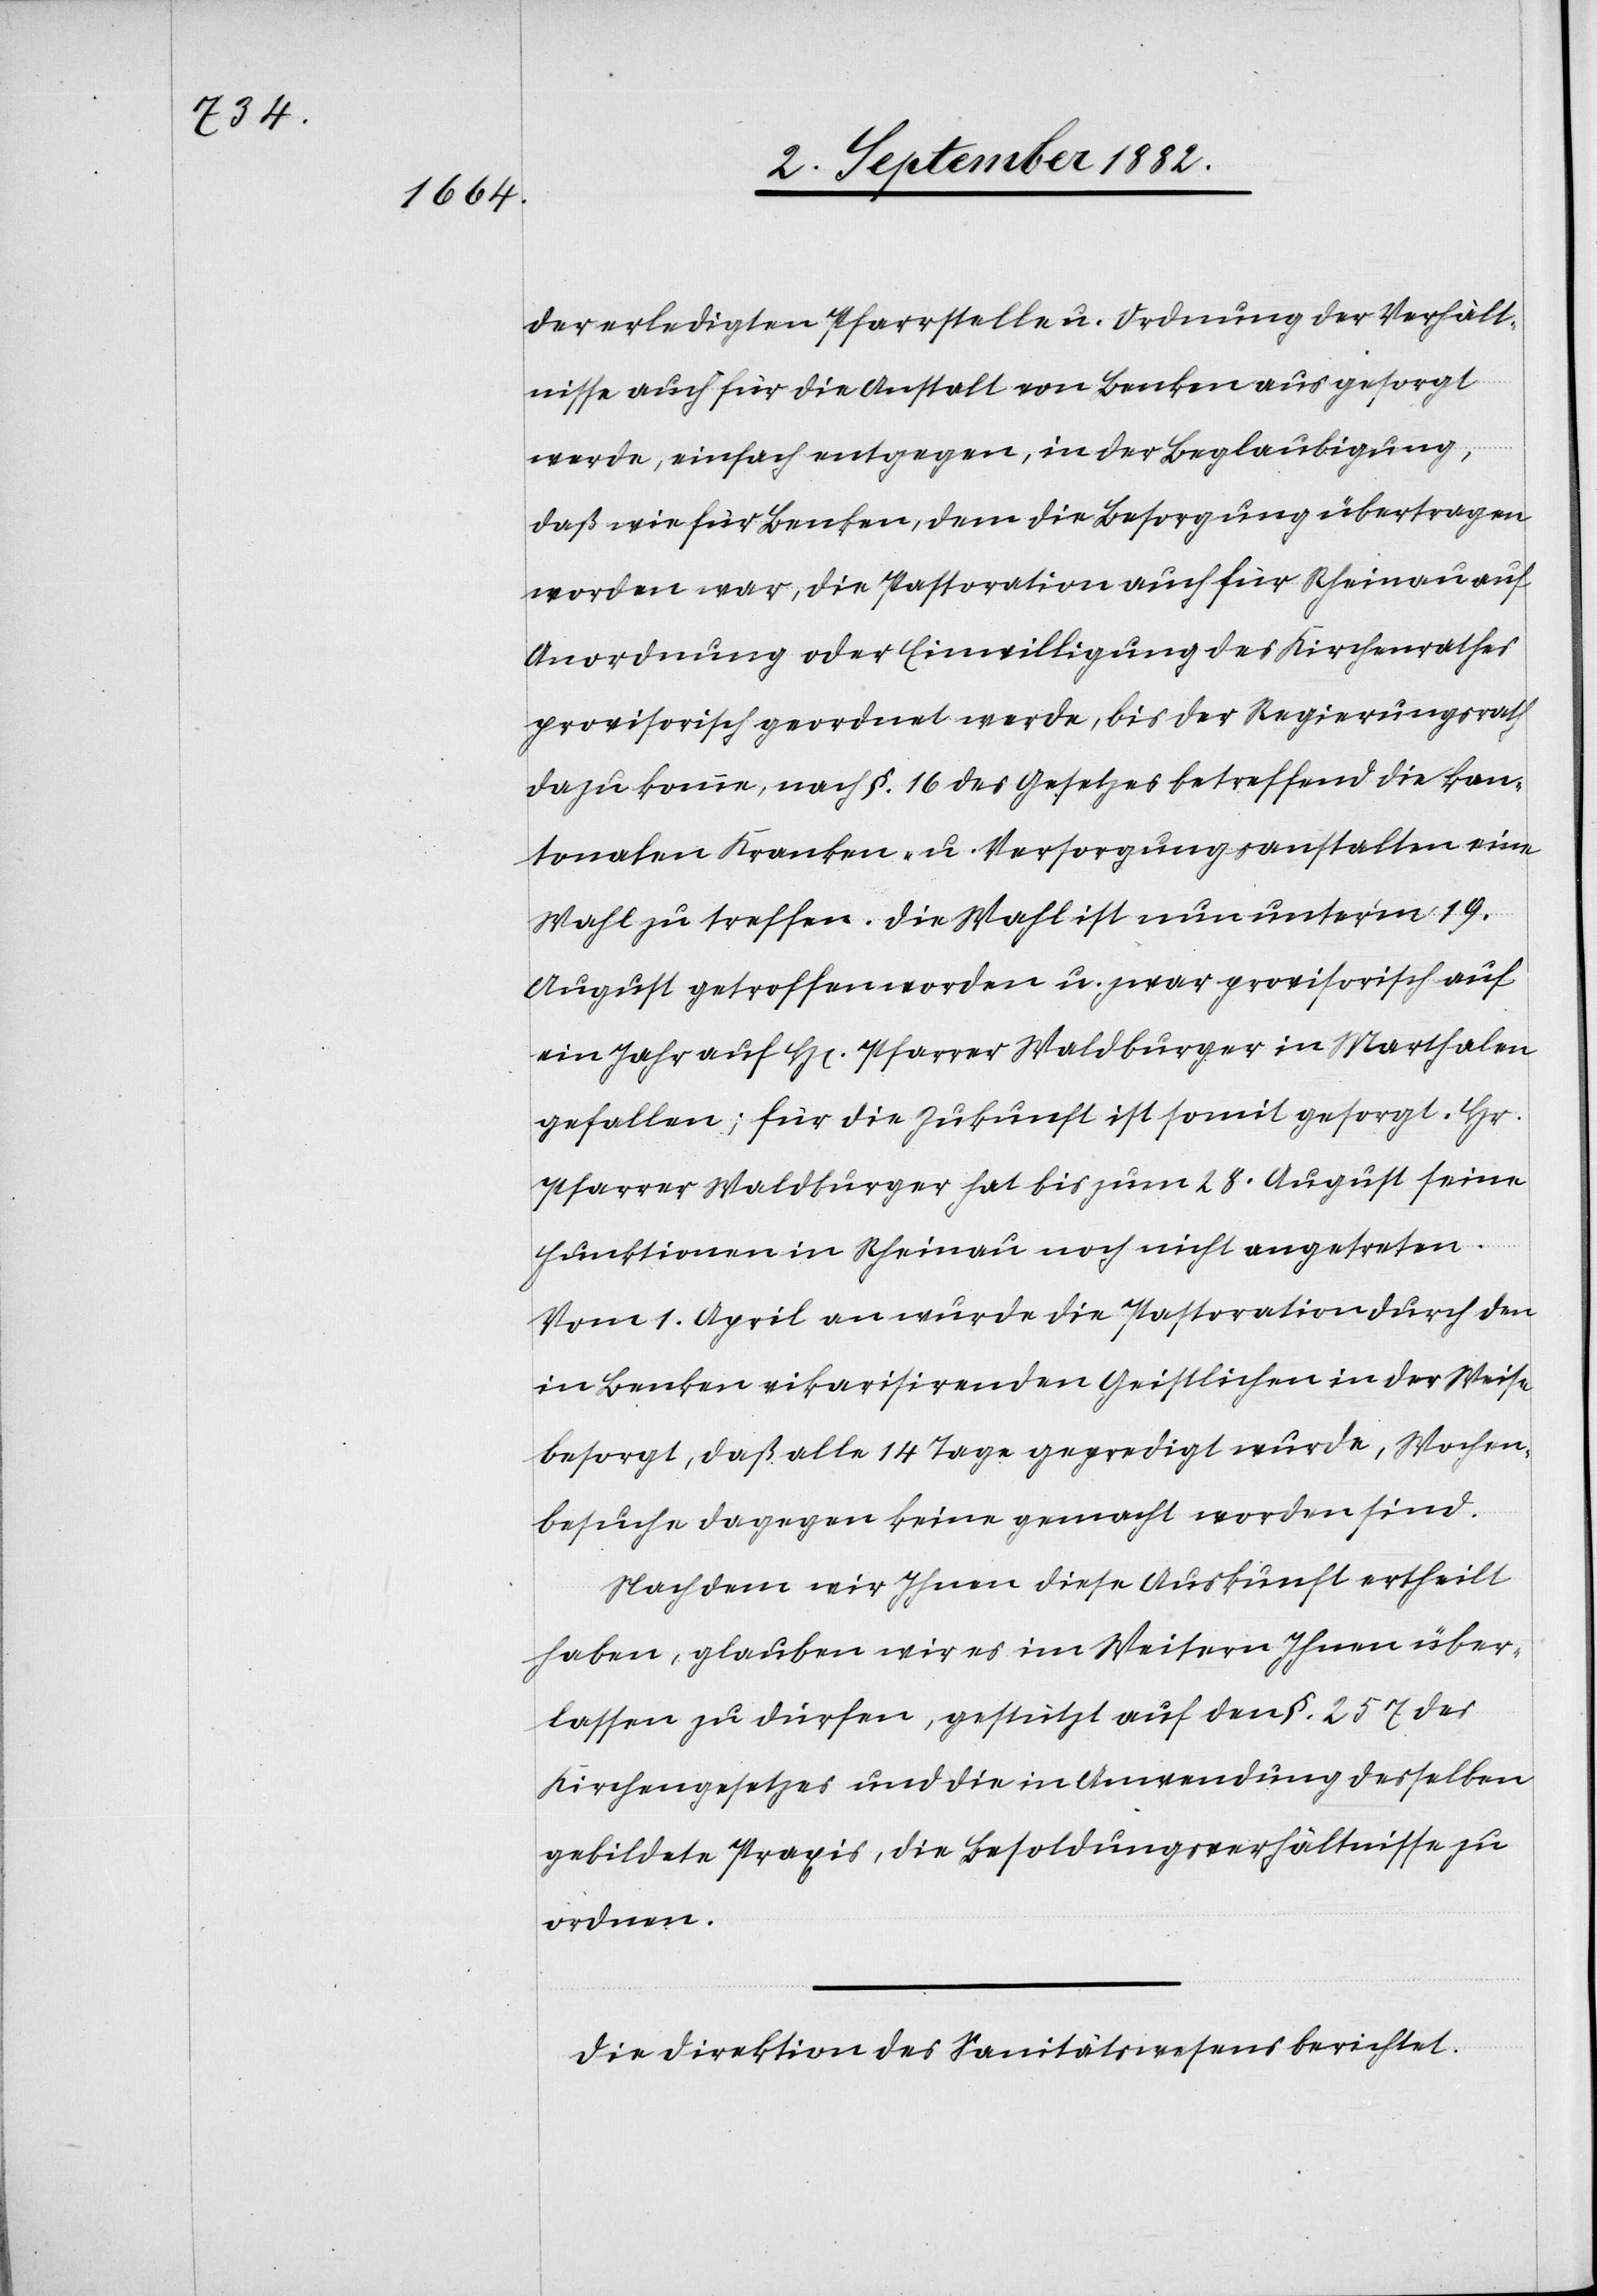
der erledigten Pfarrstelle u. Ordnung der Verhält¬
nisse auch für die Anstalt von Benken aus gesorgt
werde, einfach entgegen, in der Beglaubigung,
daß wie für Benken, dem die Besorgung übertragen
worden war, die Pastoration auch für Rheinau auf
Anordnung oder Einwilligung des Kirchenrathes
provisorisch geordnet werde, bis der Regierungsrath
dazu komme, nach §. 16 des Gesetzes betreffend die kan¬
tonalen Kranken- u. Versorgungsanstalten eine
Wahl zu treffen. Die Wahl ist nun unter’m 19.
August getroffen worden u. zwar provisorisch auf
ein Jahr auf H[en] Pfarrer Waldburger in Marthalen
gefallen; für die Zukunft ist somit gesorgt. Hr.
Pfarrer Waldburger hat bis zum 28. August seine
Funktionen in Rheinau noch nicht angetreten.
Vom 1. April an wurde die Pastoration durch den
in Benken vikarisirenden Geistlichen in der Weise
besorgt, daß alle 14 Tage gepredigt wurde, Wochen¬
besuche dagegen keine gemacht worden sind.
Nachdem wir Ihnen diese Auskunft ertheilt
haben, glauben wir es im Weitern Ihnen über¬
lassen zu dürfen, gestützt auf den §. 157 des
Kirchengesetzes und die in Anwendung desselben
gebildete Praxis, die Besoldungsverhältnisse zu
ordnen.“
Die Direktion des Sanitätswesens berichtet: